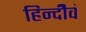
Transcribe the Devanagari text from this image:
हिन्दीेवं